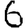
Digit: 6